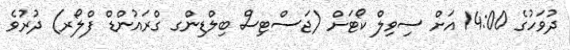
ދުވަހުގެ 14:00 އަށް ސިވިލް ކޯޓަށް (ޖަސްޓިސް ބިލްޑިންގ ގްރައުންޑް ފްލޯރ) ދުރުވެ